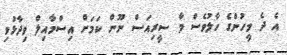
އެ ދެ މީހުންގެ ހާލުވެސް މާ ސީރިއަސް ނޫން ކަމަށް އިސްމާއިލް ވިދާޅުވި